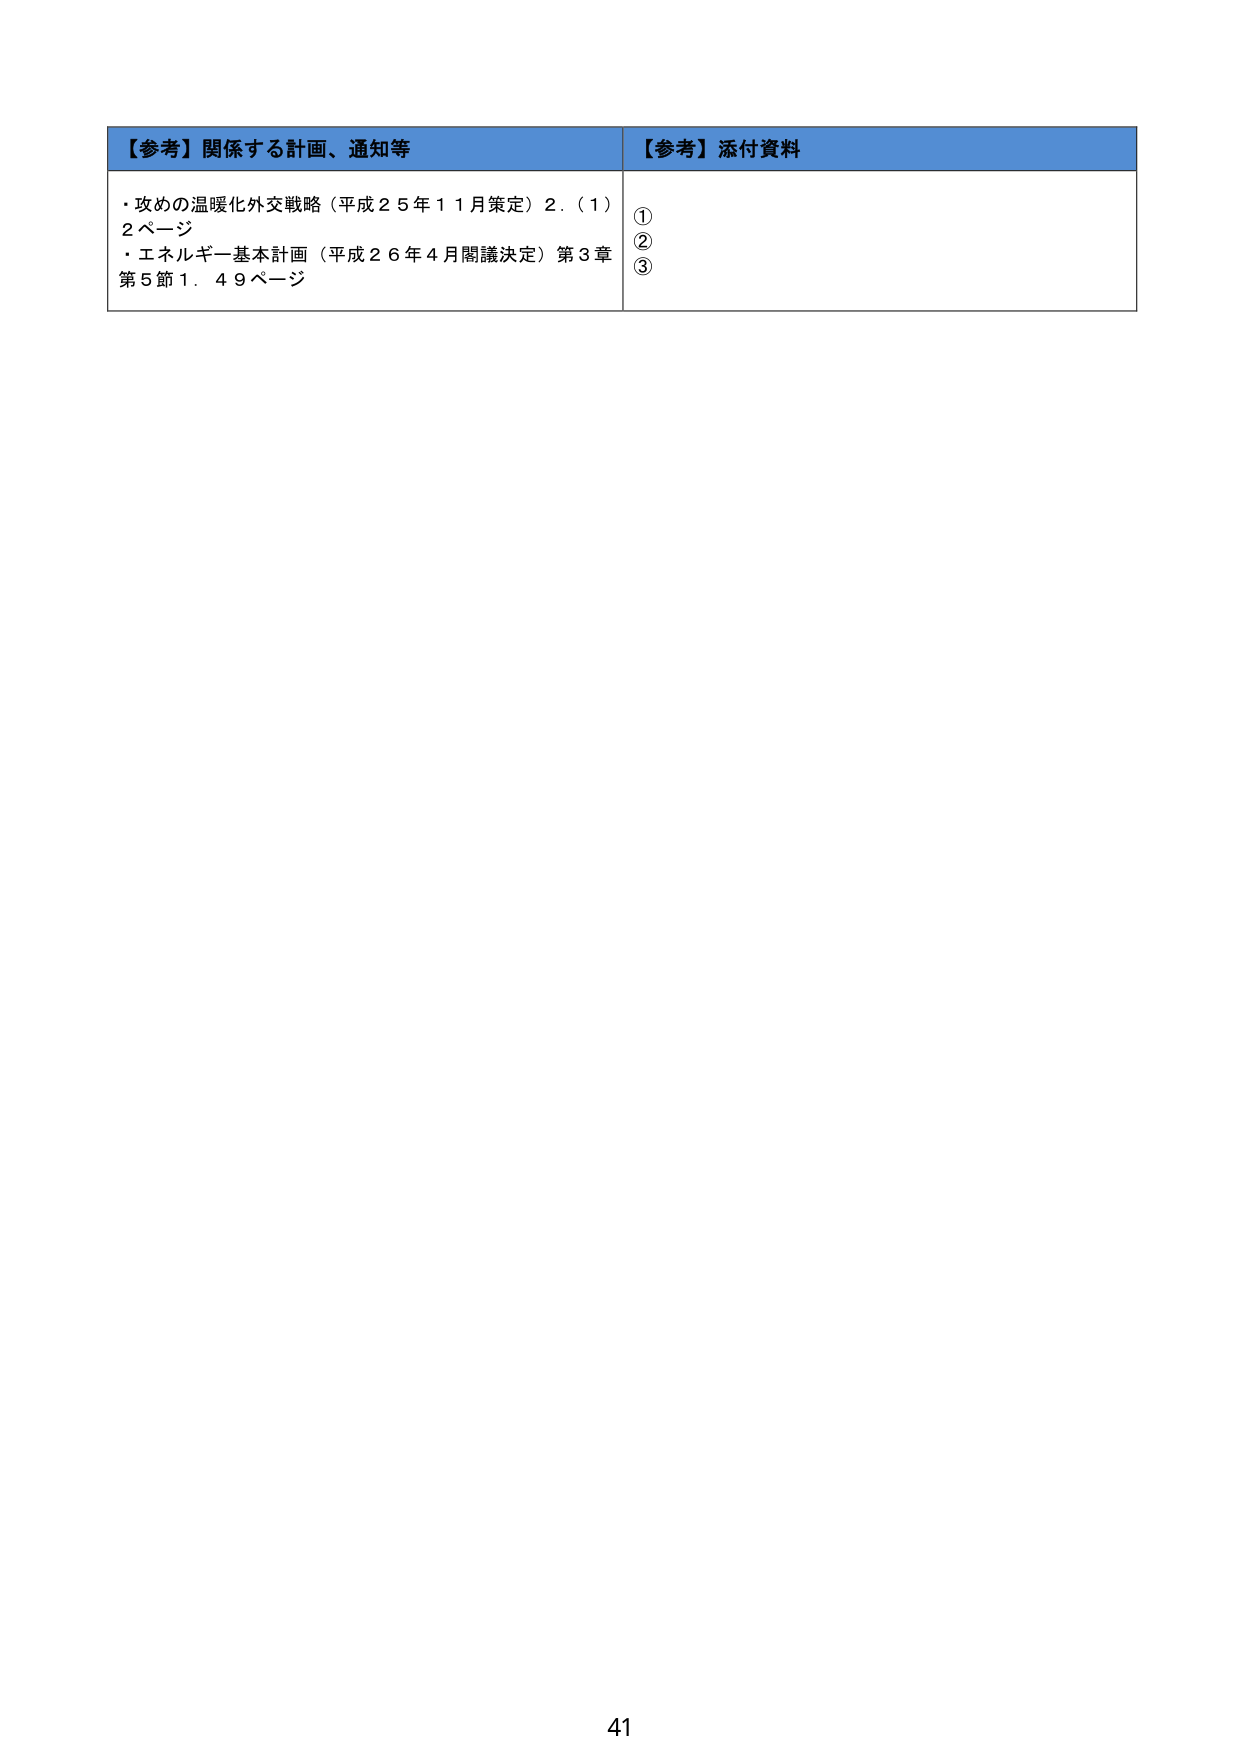
【参考】関係する計画、通知等
・攻めの温暖化外交戦略（平成２５年１１月策定）２．（１）
２ページ
・エネルギー基本計画（平成２６年４月閣議決定）第３章
第５節１．４９ページ

【参考】添付資料
①
②
③

41